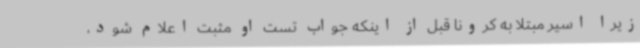
زیرا اسیر مبتلا به کرونا قبل از اینکه جواب تست او مثبت اعلام شود،